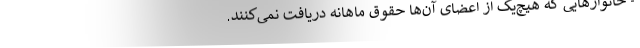
- خانوارهایی که هیچ‌یک از اعضای آن‌ها حقوق ماهانه دریافت نمی‌کنند.